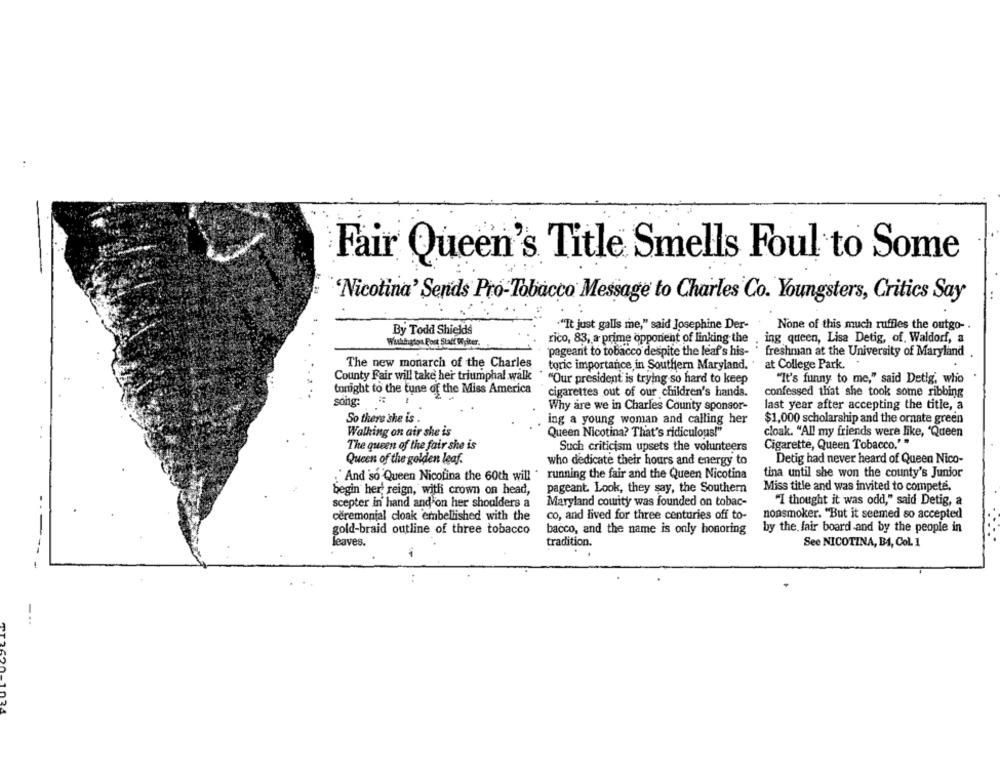
Fair Queen's Title Smells Foul to Some
"Nicotina' Sends Pro-Tobacco Message to Charles Co. Youngsters, Critics Say
"It just galls me," said Josephine Der-
By Todd Shields
None of this much ruffles the outgo- .
rico, 83, a prime opponent of linking the
ing queen, Lisa Detig, of. Waldorf, a
Washington Foot Staff Writer.
pageant to tobacco despite the leaf's his- ' freshman at the University of Maryland
The new monarch of the Charles
toric importance in Southern Maryland.
at College Park.
County Fair will take her triumphal walk
"Our president is trying so hard to keep
"It's funny to me," said Detig, who
tonight to the tune of the Miss America
cigarettes out of our children's hands.
confessed that she took some ribbing
song:
Why are we in Charles County sponsor-
last year after accepting the title, a
So there she is .
ing a young woman and calling her
$1,000 scholarship and the ornate green
Walking on air she is
Queen Nicotina? That's ridiculous!"
cloak. "All my friends were like, 'Queen
The queen of the fair she is
Such criticism upsets the volunteers
Cigarette, Queen Tobacco.""
Queen of the golden leaf.
who dedicate their hours and energy to
Detig had never heard of Queen Nico-
"And "so 'Queen Nicotina the 60th will . running the fair and the Queen Nicotina
tina until she won the county's Junior
Miss title and was invited to compete.
begin her reign, with crown on head,
pageant. Look, they say, the Southern
scepter in hand and on her shoulders a
Maryland cowrity was founded on tobac-
"I thought it was odd," said Detig, a
ceremonial cloak embellished with the
co, and lived for three centuries off to-
nonsmoker. "But it seemed so accepted
gold-braid outline of three tobacco
bacco, and the name is only honoring
by the fair board and by the people in
leaves.
tradition.
See NICOTINA, BA, Col. 1